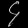
Digit: ၄